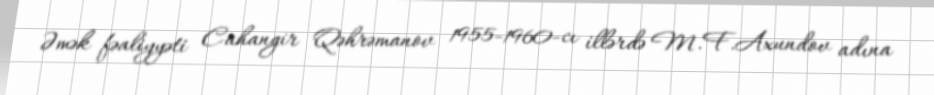
Əmək fəaliyyəti Cahangir Qəhrəmanov 1955-1960-cı illərdə M.F.Axundov adına